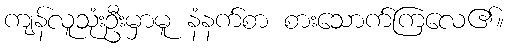
ကျန်လူသုံးဦးမှာမူ နံနက်စာ စားသောက်ကြလေ၏။